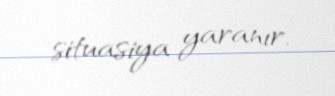
situasiya yaranır.